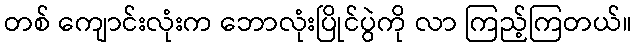
တစ် ကျောင်းလုံးက ဘောလုံးပြိုင်ပွဲကို လာ ကြည့်ကြတယ်။